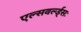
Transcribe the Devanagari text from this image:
एल्सवर्ल्ड्सः